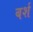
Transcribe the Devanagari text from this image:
बर्श